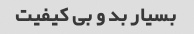
بسیار بد و بی کیفیت